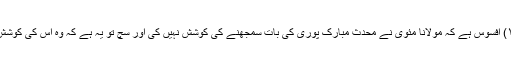
(رکعات ص ۱۱) افسوس ہے کہ مولانا مئوی نے محدث مبارک پوری کی بات سمجھنے کی کوشش نہیں کی اور سچ تو یہ ہے کہ وہ اس کی کوشش کیوں کرتے ۔